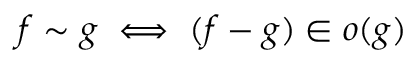
f \sim g \iff ( f - g ) \in o ( g )